Some observations on the poison of Russell's viper (Daboia russellii) - Number 3
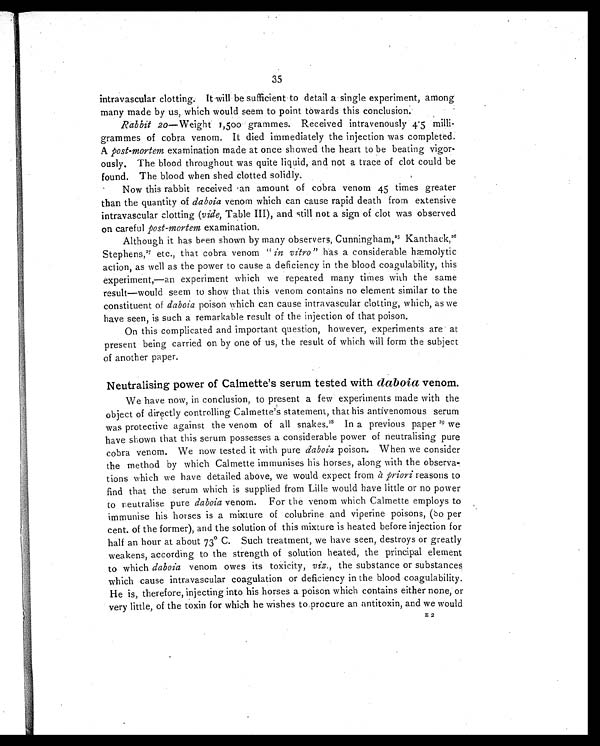
35
intravascular clotting. It will be sufficient to detail a single experiment, among
many made by us, which would seem to point towards this conclusion.
Rabbit 20—Weight 1,500 grammes. Received intravenously 4.5 milli-
grammes of cobra venom. It died immediately the injection was completed.
A post-mortem examination made at once showed the heart to be beating vigor
ously. The blood throughout was quite liquid, and not a trace of clot could be
found. The blood when shed clotted solidly.
Now this rabbit received amount of cobra venom 45 times greater
than the quantity of daboia venom which can cause rapid death from extensive
intravascular clotting ( vide, Table III), and still not a sign of clot was observed
on careful post-mortem examination.
Although it has been shown by many observers, Cunningham, 2 5
K a n t h a c k ,
2 6
Stephens, 27 etc., that cobra venom " in vitro" has a considerable haemolytic
action, as well as the power to cause a deficiency in the blood coagulability, this
experiment,—an experiment which we repeated many times with the same
result—would seem to show that this venom contains no element similar to the
constituent of daboia poison which can cause intravascular clotting, which, as we
have seen, is such a remarkable result of the injection of that poison.
On this complicated and important question, however, experiments are at
present being carried on by one of us, the result of which will form the subject
of another paper.
Neutralising power of Calmette's serum tested with daboia venom.
We have now, in conclusion, to present a few experiments made with the
object of directly controlling. Calmette's statement, that his antivenomous serum
was protective against the venom of all snakes. 2 8
I n a p r e v i o u s p a p e r
2 9
w e
have shown that this serum possesses a considerable power of neutralising pure
cobra venom. We now tested it with pure daboia poison. When we consider
the method by which Calmette immunises his horses, along with the observa-
tions which we have detailed above, we would expect from à priori reasons to
find that the serum which is supplied from Lille would have little or no power
to neutralise pure daboia venom. For the venom which Calmette employs to
immunise his horses is a mixture of colubrine and viperine poisons, (80 per
cent. of the former), and the solution of this mixture is heated before injection for
half an hour at about 73° C. Such treatment, we have seen, destroys or greatly
weakens, according to the strength of solution heated, the principal element
to which daboia venom owes its toxicity, viz., the substance or substances
which cause intravascular coagulation or deficiency in the blood coagulability.
He is, therefore, injecting into his horses a poison which contains either none, or
very little, of the toxin for which he wishes to.procure an antitoxin, and we would
E2